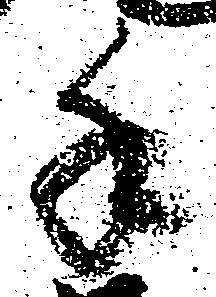
手